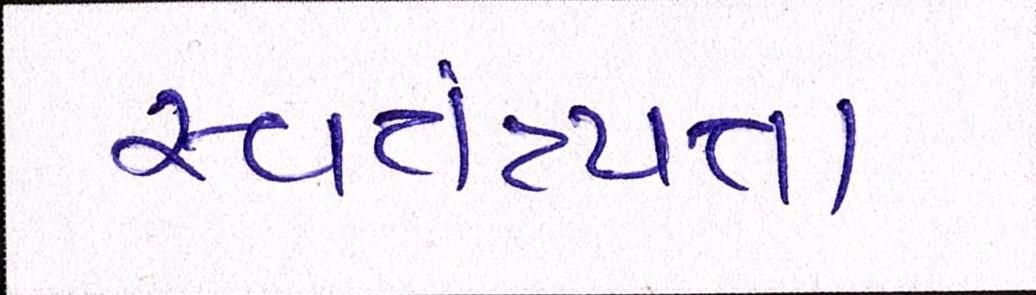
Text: સ્વતંત્ર્યતા